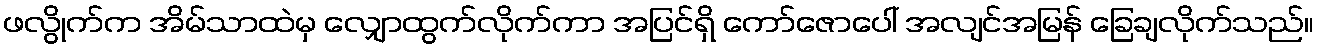
ဖလွိုက်က အိမ်သာထဲမှ လျှောထွက်လိုက်ကာ အပြင်ရှိ ကော်ဇောပေါ် အလျင်အမြန် ခြေချလိုက်သည်။